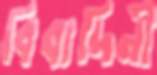
বিবাদিনী